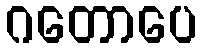
ဂတောပေ